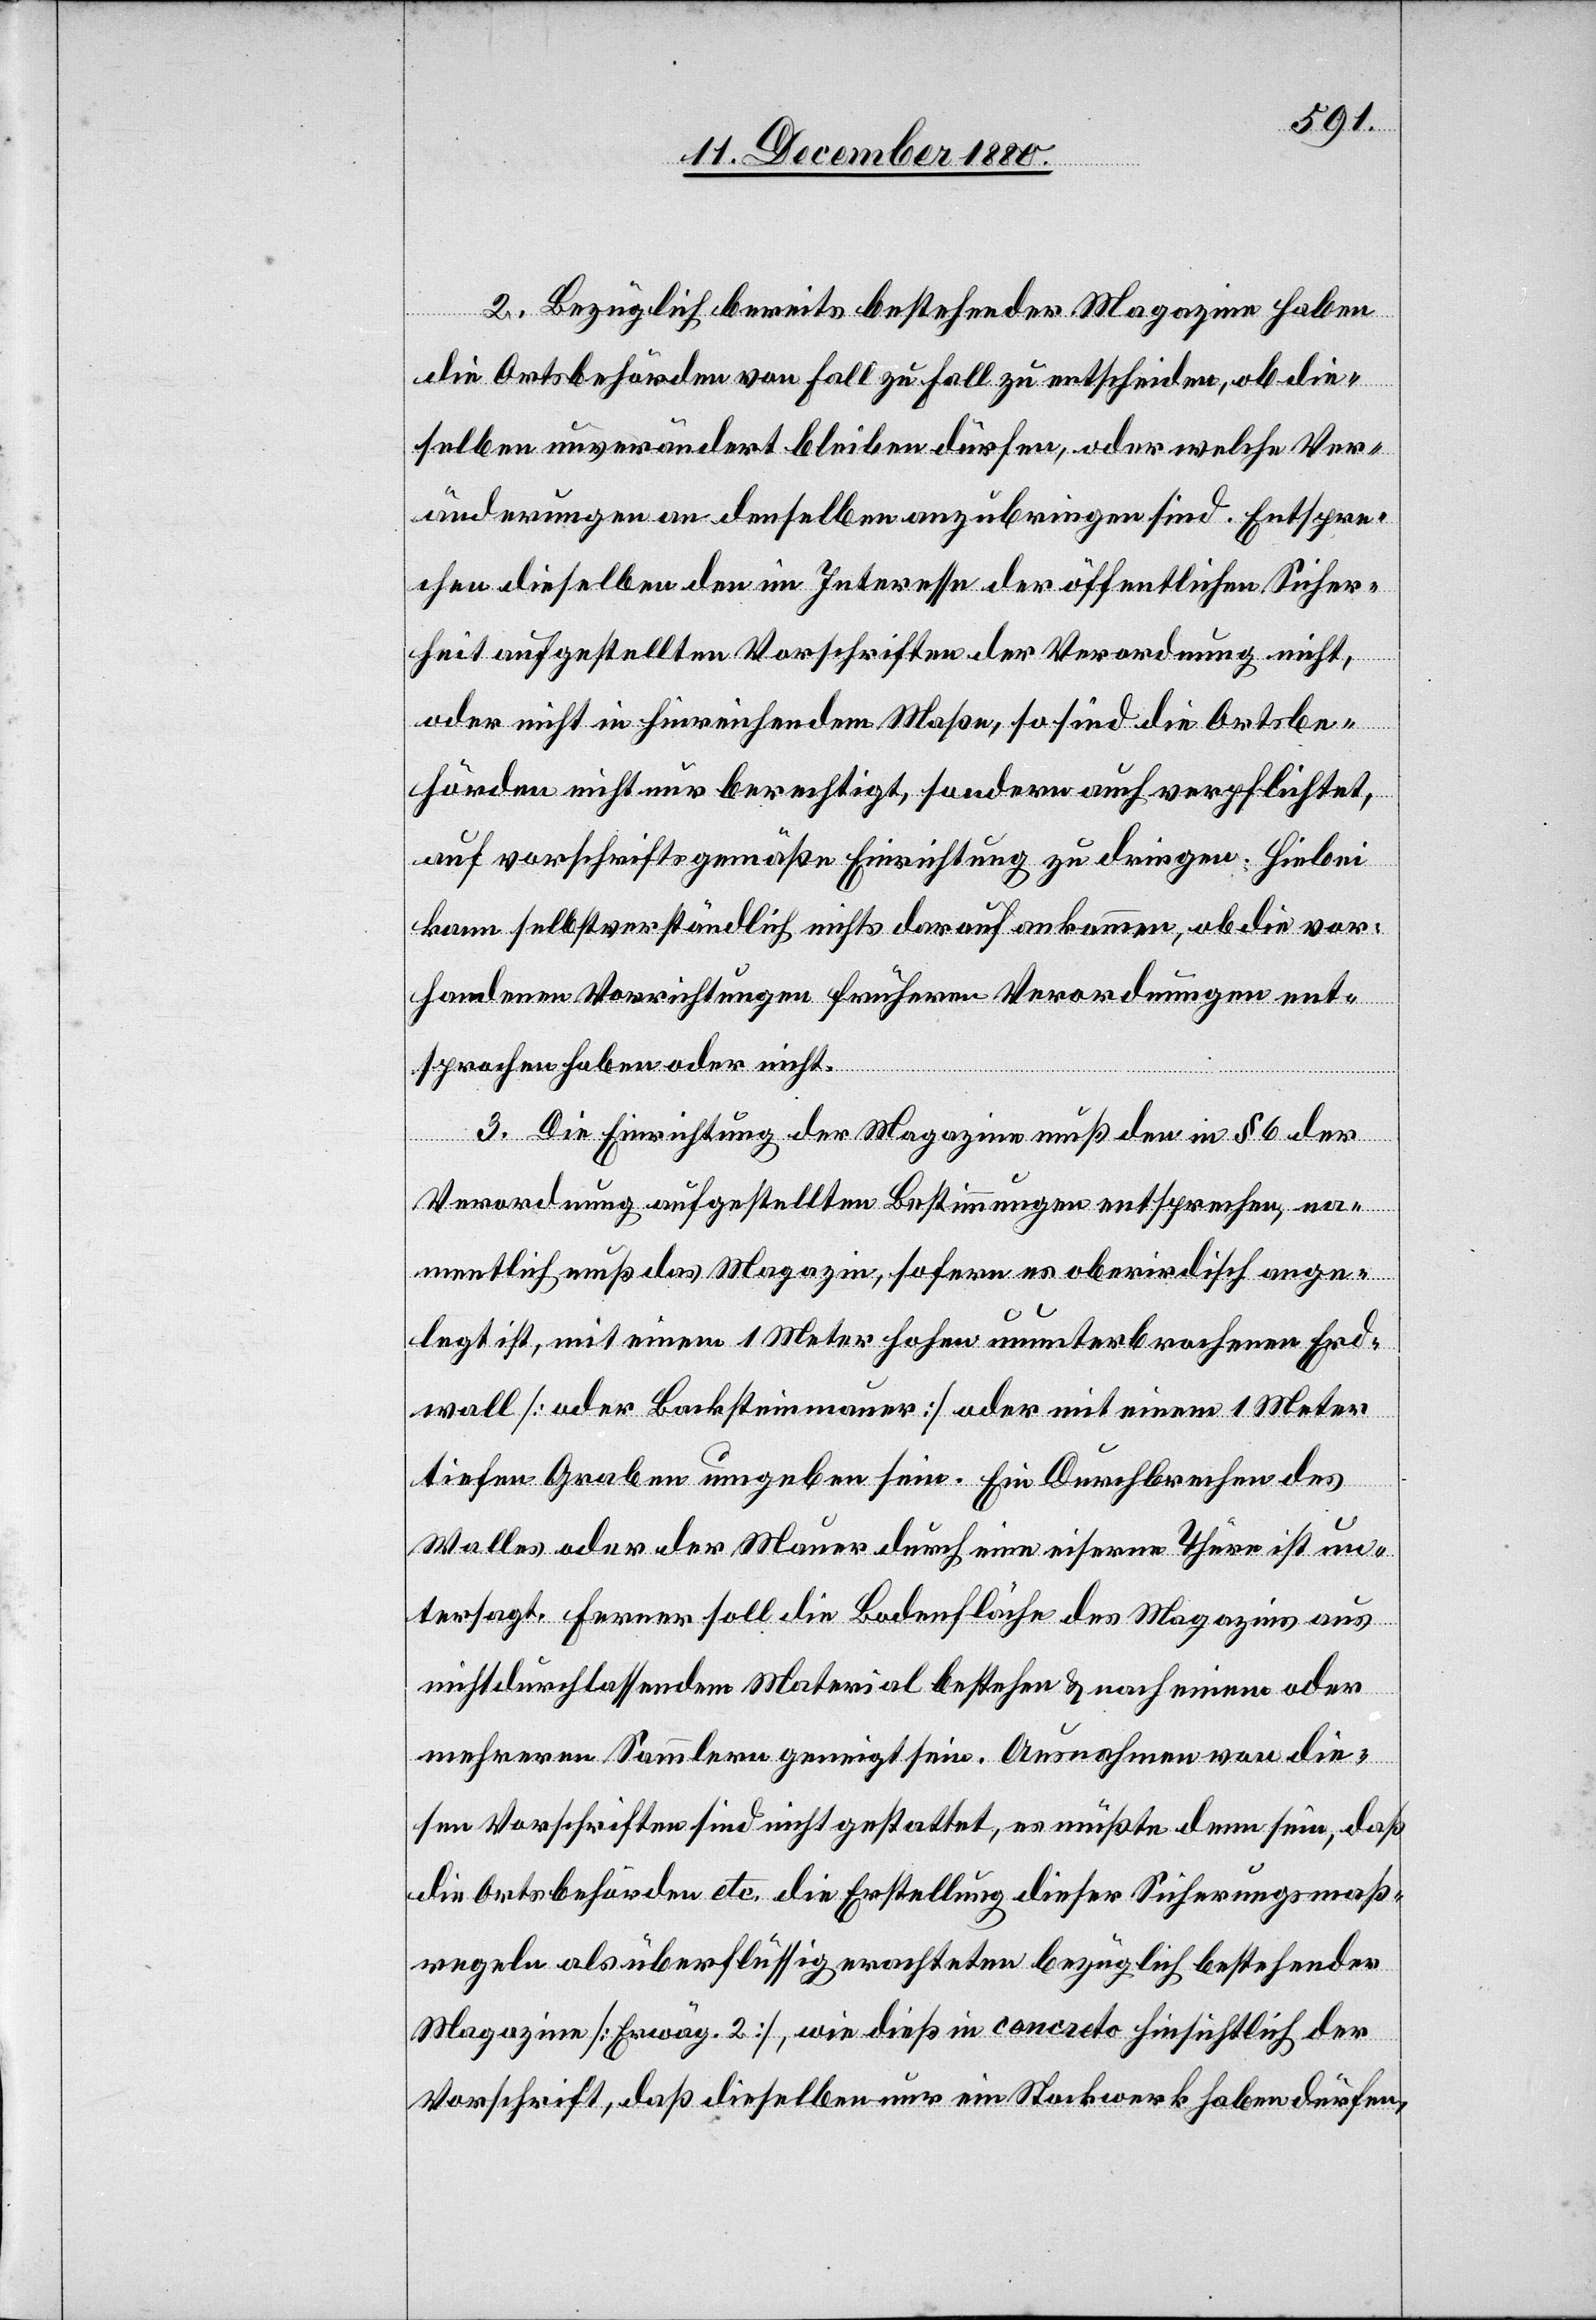
2. Bezüglich bereits bestehender Magazine haben
die Amtsbehörden von Fall zu Fall zu entschieden, ob die¬
selben unverändert bleiben dürfen, oder welche Ver¬
änderungen an denselben anzubringen sind. Entspre¬
chen dieselben den im Interesse der öffentlichen Sicher¬
heit aufgestellten Vorschriften der Verordnung nicht
oder nicht in hinreichendem Maße, so sind die Ortsbe¬
hörden nicht nur berechtigt, sondern auch verpflichtet,
auf vorschriftsgemäße Einrichtung zu dringen. Hiebei
kann selbstverständlich nichts darauf ankommen, ob die vor¬
handenen Vorrichtungen frühern Verordnungen ent¬
sprochen haben oder nicht.
3. Die Einrichtung der Magazine muß den in § 6 der
Verordnung aufgestellten Bestimmungen entsprechen, na¬
mentlich muß das Magazin, sofern es oberirdisch ange¬
legt ist, mit einem 1 Meter hohen ununterbrochenen Erd¬
wall [oder Backsteinmauer] oder mit einem 1 Meter
tiefen Graben umgeben sein. Ein Durchbrechen des
Walles oder der Mauer durch eine eiserne Thüre ist un¬
tersagt. Ferner soll die Bodenfläche des Magazins aus
nichtdurchlassendem Material bestehen & nach einem oder
mehreren Sammlern geneigt sein. Ausnahmen von die¬
sen Vorschriften sind nicht gestattet, es müßte denn sein, daß
die Ortsbehörden etc. die Erstellung dieser Sicherungsmaß¬
regeln als überflüssig erachteten bezüglich bestehender
Magazine [Erwäg. 2], wie dieß in concreto hinsichtlich der
Vorschrift, daß dieselben nur ein Stockwerk haben dürfen,